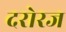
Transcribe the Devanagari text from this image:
दरोरज